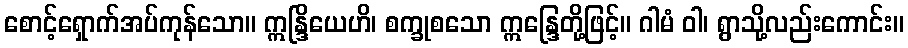
စောင့်ရှောက်အပ်ကုန်သော။ ဣန္ဒြိယေဟိ၊ စက္ခုစသော ဣန္ဒြေတို့ဖြင့်။ ဂါမံ ဝါ၊ ရွာသို့လည်းကောင်း။